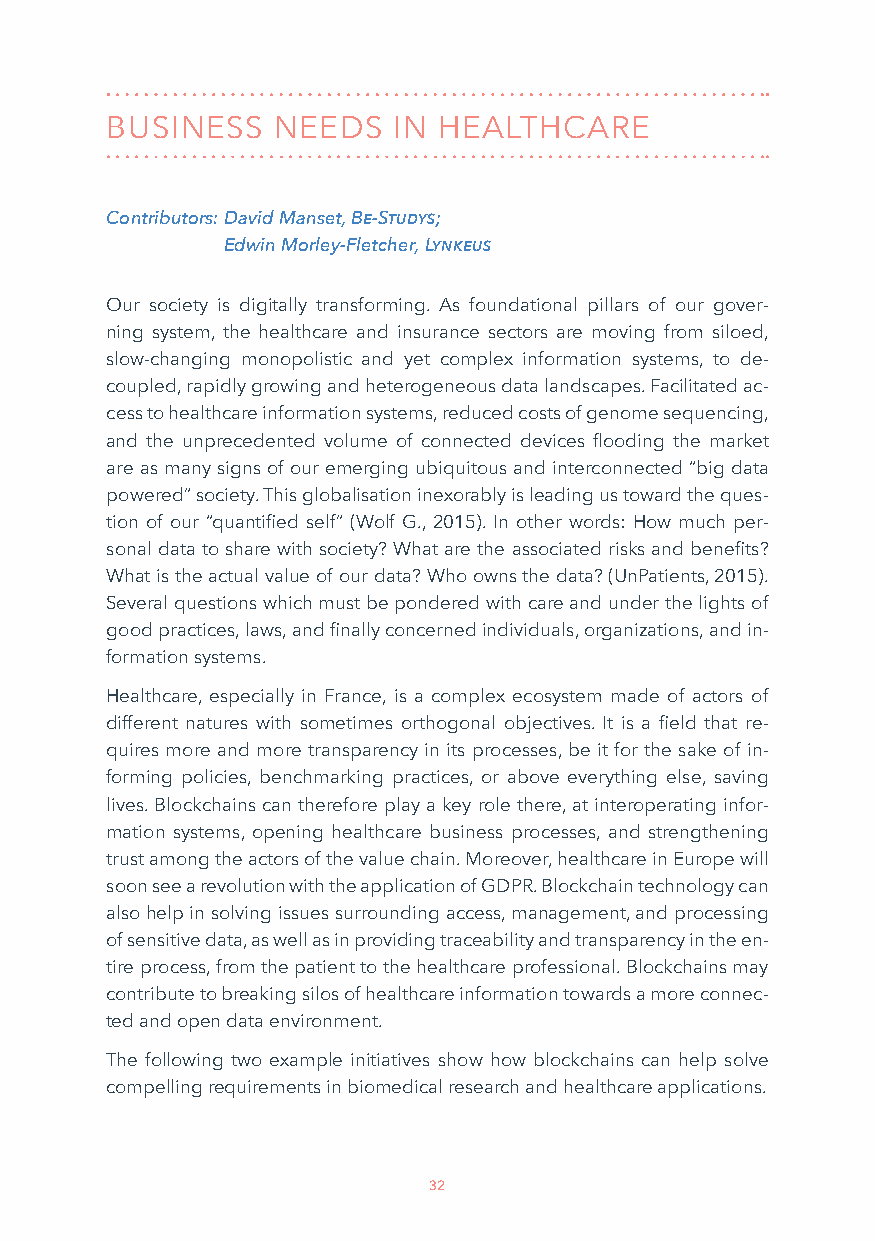
BUSINESS   NEEDS   IN HEALTHCARE
 Contributors: David Manset, Be-Studys;
 Edwin Morley-Fletcher, Lynkeus
 Our society is digitally transforming. As foundational pillars of our gover-
 ning system, the healthcare and insurance sectors are moving from siloed,
 slow-changing monopolistic and yet complex information systems, to de-
 coupled, rapidly growing and heterogeneous data landscapes. Facilitated ac-
 cess to healthcare information systems, reduced costs of genome sequencing,
 and the unprecedented volume of connected devices flooding the market
 are as many signs of our emerging ubiquitous and interconnected “big data
 powered” society. This globalisation inexorably is leading us toward the ques-
 tion of our “quantified self” (Wolf G., 2015). In other words: How much per-
 sonal data to share with society? What are the associated risks and benefits?
 What is the actual value of our data? Who owns the data? (UnPatients, 2015).
 Several questions which must be pondered with care and under the lights of
 good practices, laws, and finally concerned individuals, organizations, and in-
 formation systems.
 Healthcare, especially in France, is a complex ecosystem made of actors of
 different natures with sometimes orthogonal objectives. It is a field that re-
 quires more and more transparency in its processes, be it for the sake of in-
 forming policies, benchmarking practices, or above everything else, saving
 lives. Blockchains can therefore play a key role there, at interoperating infor-
 mation systems, opening healthcare business processes, and strengthening
 trust among the actors of the value chain. Moreover, healthcare in Europe will
 soon see a revolution with the application of GDPR. Blockchain technology can
 also help in solving issues surrounding access, management, and processing
 of sensitive data, as well as in providing traceability and transparency in the en-
 tire process, from the patient to the healthcare professional. Blockchains may
 contribute to breaking silos of healthcare information towards a more connec-
 ted and open data environment.
 The following two example initiatives show how blockchains can help solve
 compelling requirements in biomedical research and healthcare applications.
 32